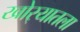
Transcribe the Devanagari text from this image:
खोर्‍यातला